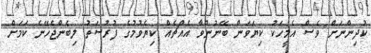
ކުދިންނަށް ވެސް އެމީހަކު ކިޔަވަން ބޭނުންވާ އެއްޗެއް ކިޔެވުމުގެ ފުރުސަތު ލިބެންޖެހޭނެ ކަމަށް